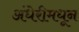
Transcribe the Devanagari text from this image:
अंधेरीमधून